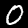
Digit: 0